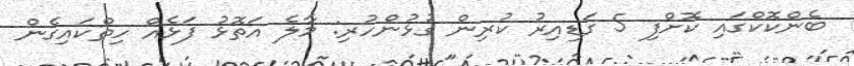
ބެންކޮކްގައި ކޮށްފި 5 ގަޑިއިރު ކުރިން ގުޅުންހުރި: މާލެ އަތޮޅު ފަޅެއް ހިތްކައިގެން